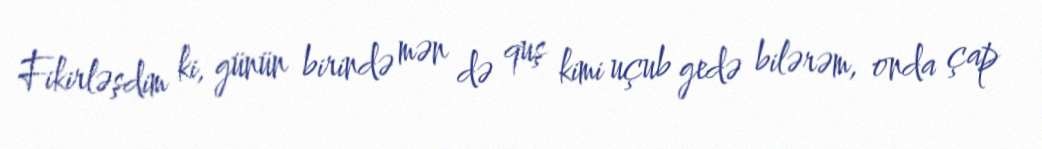
Fikirləşdim ki, günün birində mən də quş kimi uçub gedə bilərəm, onda çap